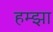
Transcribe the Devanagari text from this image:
हम्झा